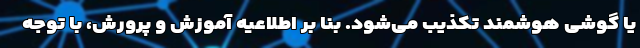
یا گوشی هوشمند تکذیب می‌شود. بنا بر اطلاعیه آموزش و پرورش، با توجه